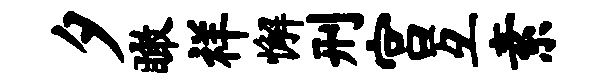
夕瞰祥懈刑宫互素